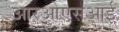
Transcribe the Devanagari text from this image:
आरओएसआई